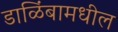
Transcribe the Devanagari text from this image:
डाळिंबामधील